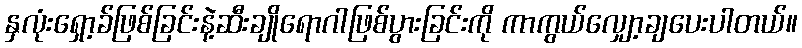
နှလုံးရှော့ခ်ဖြစ်ခြင်းနဲ့ဆီးချိုရောဂါဖြစ်ပွားခြင်းကို ကာကွယ်လျှော့ချပေးပါတယ်။